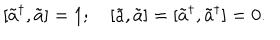
\lbrack \tilde { a } ^ { \dagger } , \tilde { a } ] = 1 ; \quad \left[ \tilde { a } , \tilde { a } \right] = [ \tilde { a } ^ { \dagger } , \tilde { a } ^ { \dagger } ] = 0 .